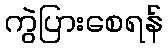
ကွဲပြားစေရန်